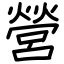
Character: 營